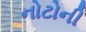
નોટોની